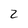
Character: z